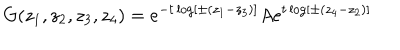
G ( z _ { 1 } , z _ { 2 } , z _ { 3 } , z _ { 4 } ) = e ^ { - t \log [ \pm ( z _ { 1 } - z _ { 3 } ) ] } A e ^ { t \log [ \pm ( z _ { 4 } - z _ { 2 } ) ] }